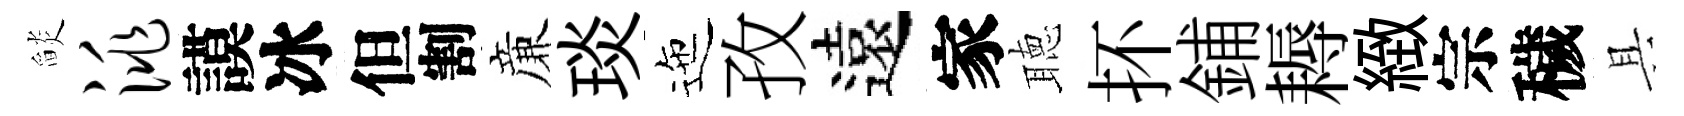
𦦨洮謨冰但割亷琰迤孜遠家聴抔鋪耨緻宗穢具